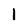
Character: 1